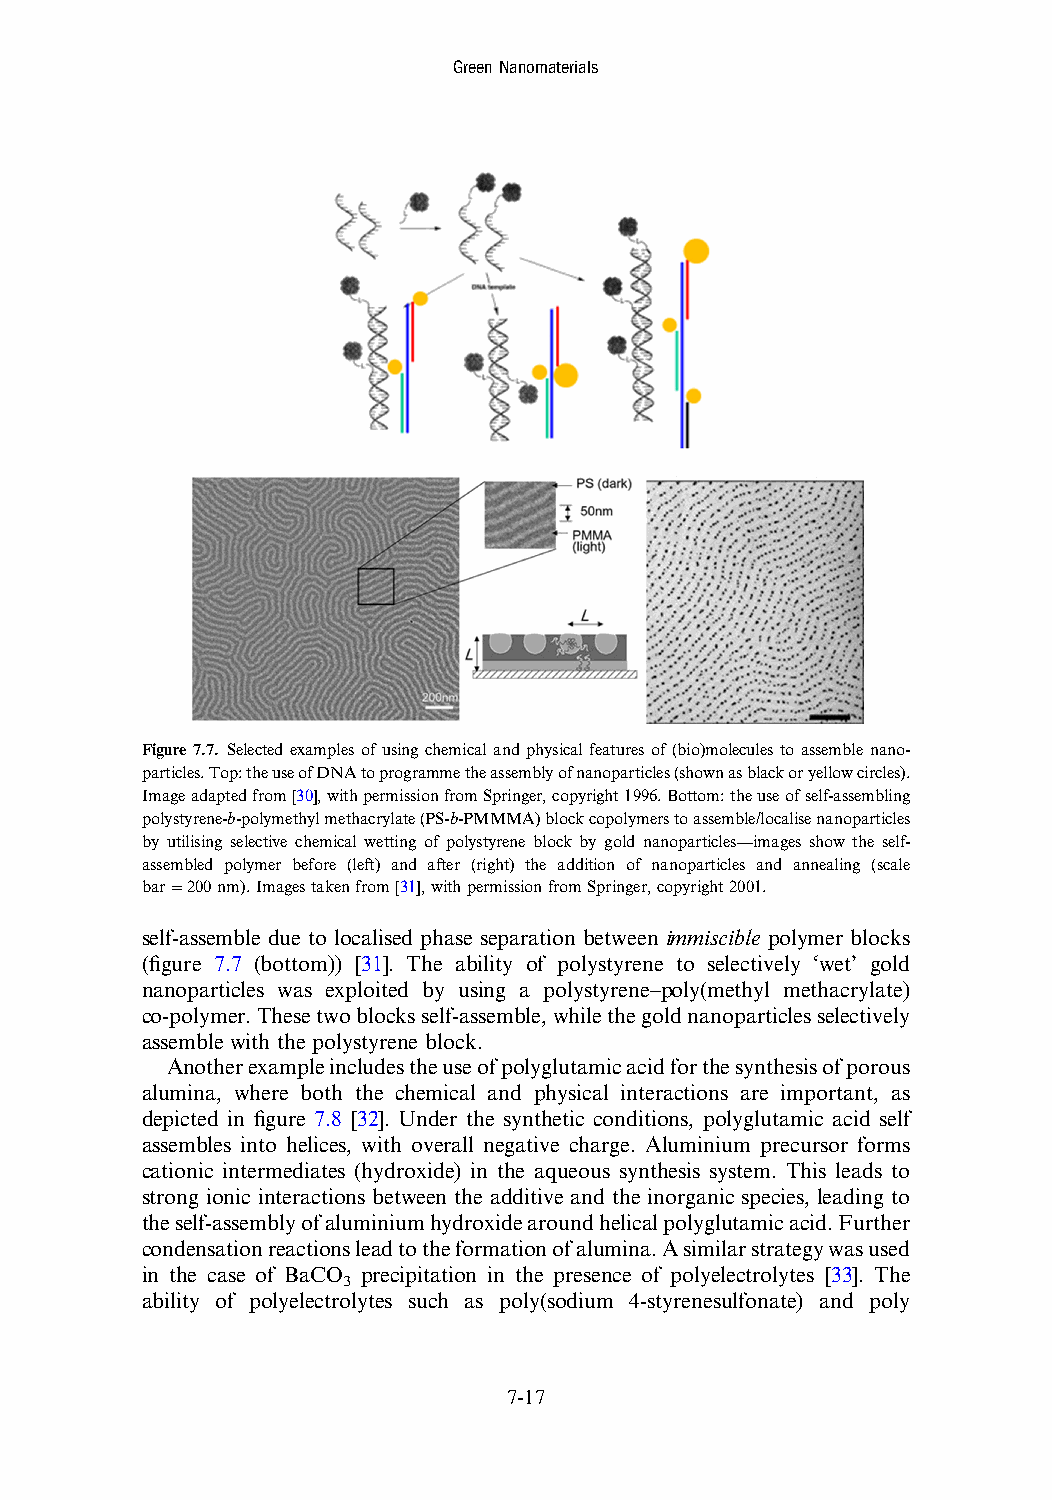
GreenNanomaterials
 Figure 7.7. Selected examples of using chemical and physical features of (bio)molecules to assemble nano-
 particles.Top:theuseofDNAtoprogrammetheassemblyofnanoparticles(shownasblackoryellowcircles).
 Imageadaptedfrom[30],withpermissionfromSpringer,copyright1996.Bottom:theuseofself-assembling
 polystyrene-b-polymethylmethacrylate(PS-b-PMMMA)blockcopolymerstoassemble/localisenanoparticles
 by utilising selective chemical wetting of polystyrene block by gold nanoparticles—images show the self-
 assembled polymer before (left) and after (right) the addition of nanoparticles and annealing (scale
 bar=200nm).Imagestakenfrom[31],withpermissionfromSpringer,copyright2001.
 self-assemble due to localised phase separation between immiscible polymer blocks
 (figure 7.7 (bottom)) [31]. The ability of polystyrene to selectively ‘wet’ gold
 nanoparticles was exploited by using a polystyrene–poly(methyl methacrylate)
 co-polymer.Thesetwoblocksself-assemble,whilethegoldnanoparticlesselectively
 assemble with the polystyrene block.
 Anotherexampleincludestheuseofpolyglutamicacidforthesynthesisofporous
 alumina, where both the chemical and physical interactions are important, as
 depicted in figure 7.8 [32]. Under the synthetic conditions, polyglutamic acid self
 assembles into helices, with overall negative charge. Aluminium precursor forms
 cationic intermediates (hydroxide) in the aqueous synthesis system. This leads to
 strong ionic interactions between the additive and the inorganic species, leading to
 theself-assemblyofaluminiumhydroxidearoundhelicalpolyglutamicacid.Further
 condensationreactionsleadtotheformationofalumina.Asimilarstrategywasused
 in the case of BaCO precipitation in the presence of polyelectrolytes [33]. The
 3
 ability of polyelectrolytes such as poly(sodium 4-styrenesulfonate) and poly
 7-17